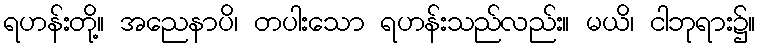
ရဟန်းတို့။ အညေနာပိ၊ တပါးသော ရဟန်းသည်လည်း။ မယိ၊ ငါဘုရား၌။